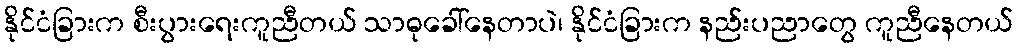
နိုင်ငံခြားက စီးပွားရေးကူညီတယ် သာဓုခေါ်နေတာပဲ၊ နိုင်ငံခြားက နည်းပညာတွေ ကူညီနေတယ်